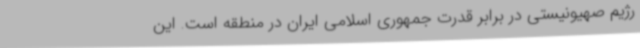
رژیم صهیونیستی در برابر قدرت جمهوری اسلامی ایران در منطقه است. این